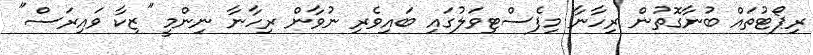
ރިޕޯޓުތައް ބުނާގޮތުން ރިހާނާ މިފެސްޓިވަލުގައި ބައިވެރި ނުވާން ރިހާނާ ނިންމީ "ޒިކާ ވައިރަސް"